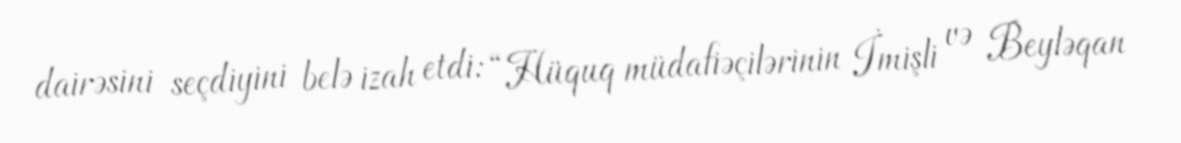
dairəsini seçdiyini belə izah etdi: “Hüquq müdafiəçilərinin İmişli və Beyləqan